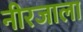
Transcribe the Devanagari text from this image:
नीरजाला